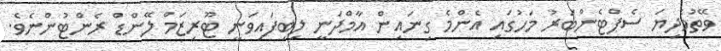
ވޭތުވެދިޔަ ސެޕްޓެންބަރު މަހުގައި އެންމެ ގިނައިން އާމްދަނީ ލިބިފައިވަނީ ޓޫރިޒަމް ލޭންޑް ރެންޓުންނެވެ.